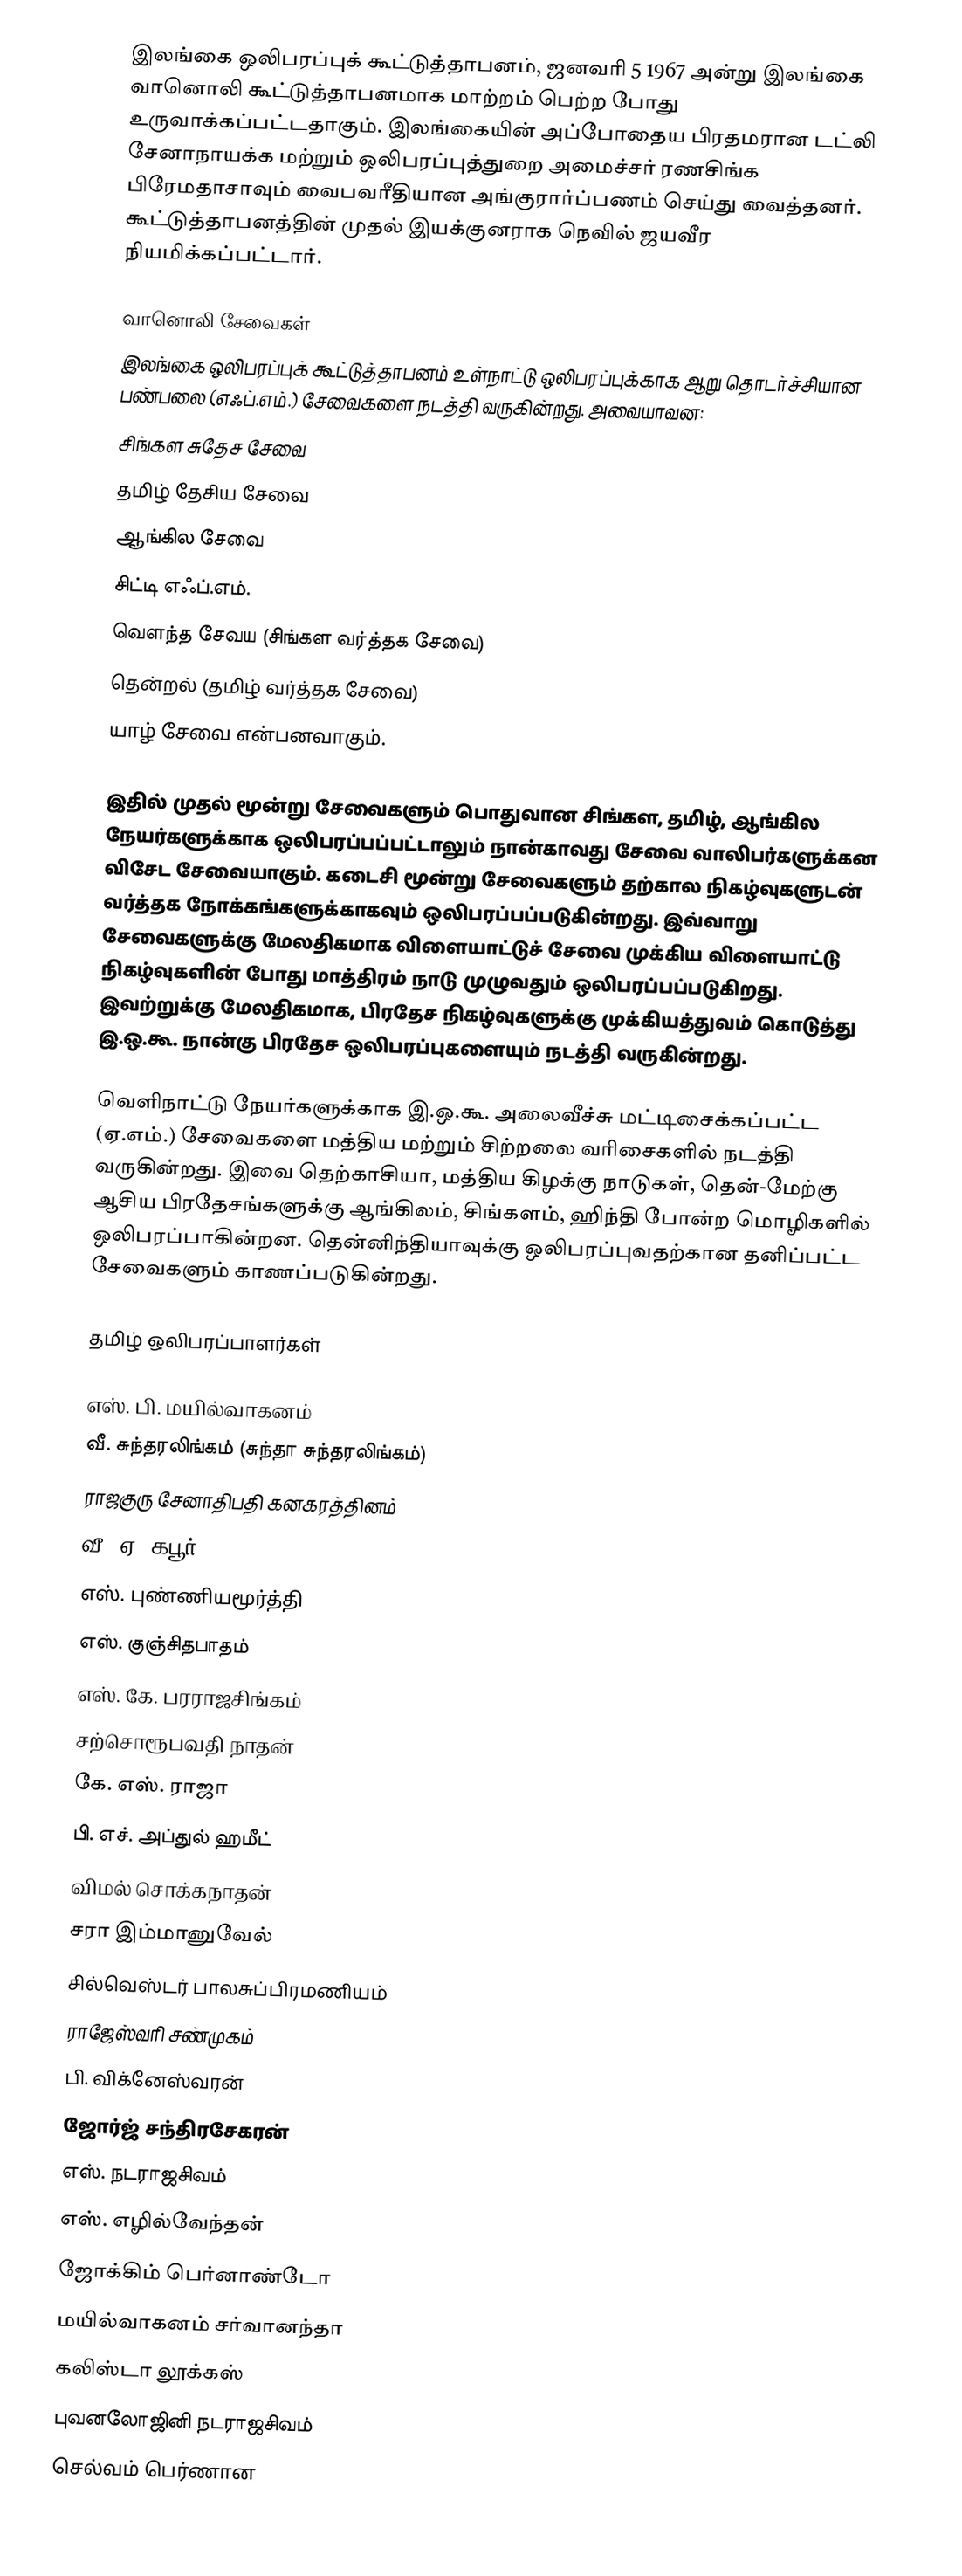
இலங்கை ஒலிபரப்புக் கூட்டுத்தாபனம், ஜனவரி 5 1967 அன்று  இலங்கை வானொலி கூட்டுத்தாபனமாக மாற்றம் பெற்ற போது உருவாக்கப்பட்டதாகும். இலங்கையின் அப்போதைய பிரதமரான டட்லி சேனாநாயக்க மற்றும் ஒலிபரப்புத்துறை அமைச்சர் ரணசிங்க பிரேமதாசாவும் வைபவரீதியான அங்குரார்ப்பணம் செய்து வைத்தனர். கூட்டுத்தாபனத்தின் முதல் இயக்குனராக நெவில் ஜயவீர நியமிக்கப்பட்டார்.

வானொலி சேவைகள்
இலங்கை ஒலிபரப்புக் கூட்டுத்தாபனம் உள்நாட்டு ஒலிபரப்புக்காக ஆறு தொடர்ச்சியான பண்பலை (எஃப்.எம்.) சேவைகளை நடத்தி வருகின்றது. அவையாவன:
 சிங்கள சுதேச சேவை
 தமிழ் தேசிய சேவை
 ஆங்கில சேவை
 சிட்டி எஃப்.எம்.
 வெளந்த சேவய (சிங்கள வர்த்தக சேவை)
 தென்றல் (தமிழ் வர்த்தக சேவை)
யாழ் சேவை என்பனவாகும்.

இதில் முதல் மூன்று சேவைகளும் பொதுவான சிங்கள, தமிழ், ஆங்கில நேயர்களுக்காக ஒலிபரப்பப்பட்டாலும் நான்காவது சேவை வாலிபர்களுக்கன விசேட சேவையாகும். கடைசி மூன்று  சேவைகளும் தற்கால நிகழ்வுகளுடன் வர்த்தக நோக்கங்களுக்காகவும் ஒலிபரப்பப்படுகின்றது. இவ்வாறு சேவைகளுக்கு மேலதிகமாக விளையாட்டுச் சேவை முக்கிய விளையாட்டு நிகழ்வுகளின் போது மாத்திரம் நாடு முழுவதும் ஒலிபரப்பப்படுகிறது. இவற்றுக்கு மேலதிகமாக, பிரதேச நிகழ்வுகளுக்கு முக்கியத்துவம் கொடுத்து இ.ஒ.கூ. நான்கு பிரதேச ஒலிபரப்புகளையும் நடத்தி வருகின்றது.

வெளிநாட்டு நேயர்களுக்காக இ.ஒ.கூ. அலைவீச்சு மட்டிசைக்கப்பட்ட (ஏ.எம்.) சேவைகளை மத்திய மற்றும் சிற்றலை வரிசைகளில் நடத்தி வருகின்றது. இவை தெற்காசியா, மத்திய கிழக்கு நாடுகள், தென்-மேற்கு ஆசிய பிரதேசங்களுக்கு ஆங்கிலம், சிங்களம், ஹிந்தி போன்ற மொழிகளில் ஒலிபரப்பாகின்றன. தென்னிந்தியாவுக்கு ஒலிபரப்புவதற்கான தனிப்பட்ட சேவைகளும் காணப்படுகின்றது.

தமிழ் ஒலிபரப்பாளர்கள்

 எஸ். பி. மயில்வாகனம்
 வீ. சுந்தரலிங்கம் (சுந்தா சுந்தரலிங்கம்)
 ராஜகுரு சேனாதிபதி கனகரத்தினம்
 வீ. ஏ. கபூர்
 எஸ். புண்ணியமூர்த்தி
 எஸ். குஞ்சிதபாதம்
 எஸ். கே. பரராஜசிங்கம்
 சற்சொரூபவதி நாதன்
 கே. எஸ். ராஜா
 பி. எச். அப்துல் ஹமீட்
 விமல் சொக்கநாதன்
 சரா இம்மானுவேல்
 சில்வெஸ்டர் பாலசுப்பிரமணியம்
 ராஜேஸ்வரி சண்முகம்
 பி. விக்னேஸ்வரன்
 ஜோர்ஜ் சந்திரசேகரன்
 எஸ். நடராஜசிவம்
 எஸ். எழில்வேந்தன்
 ஜோக்கிம் பெர்னாண்டோ
 மயில்வாகனம் சர்வானந்தா
 கலிஸ்டா லூக்கஸ்
 புவனலோஜினி நடராஜசிவம்
 செல்வம் பெர்ணான